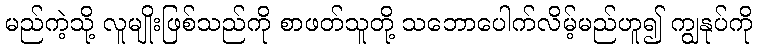
မည်ကဲ့သို့ လူမျိုးဖြစ်သည်ကို စာဖတ်သူတို့ သဘောပေါက်လိမ့်မည်ဟူ၍ ကျွနုပ်ကို